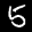
Label: 5